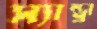
স্যান্ড্রা